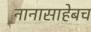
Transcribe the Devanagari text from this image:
नानासाहेबच